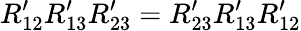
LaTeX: R_{12}^{\prime}R_{13}^{\prime}R_{23}^{\prime}=R_{23}^{\prime}R_{13}^{\prime}R_{12}^{\prime}